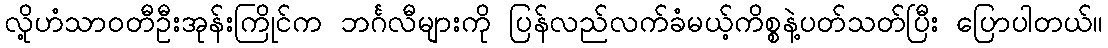
လို့ဟံသာဝတီဦးအုန်းကြိုင်က ဘင်္ဂလီများကို ပြန်လည်လက်ခံမယ့်ကိစ္စနဲ့ပတ်သတ်ပြီး ပြောပါတယ်။